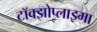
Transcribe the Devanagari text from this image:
टॉक्झोप्लाझ्मा